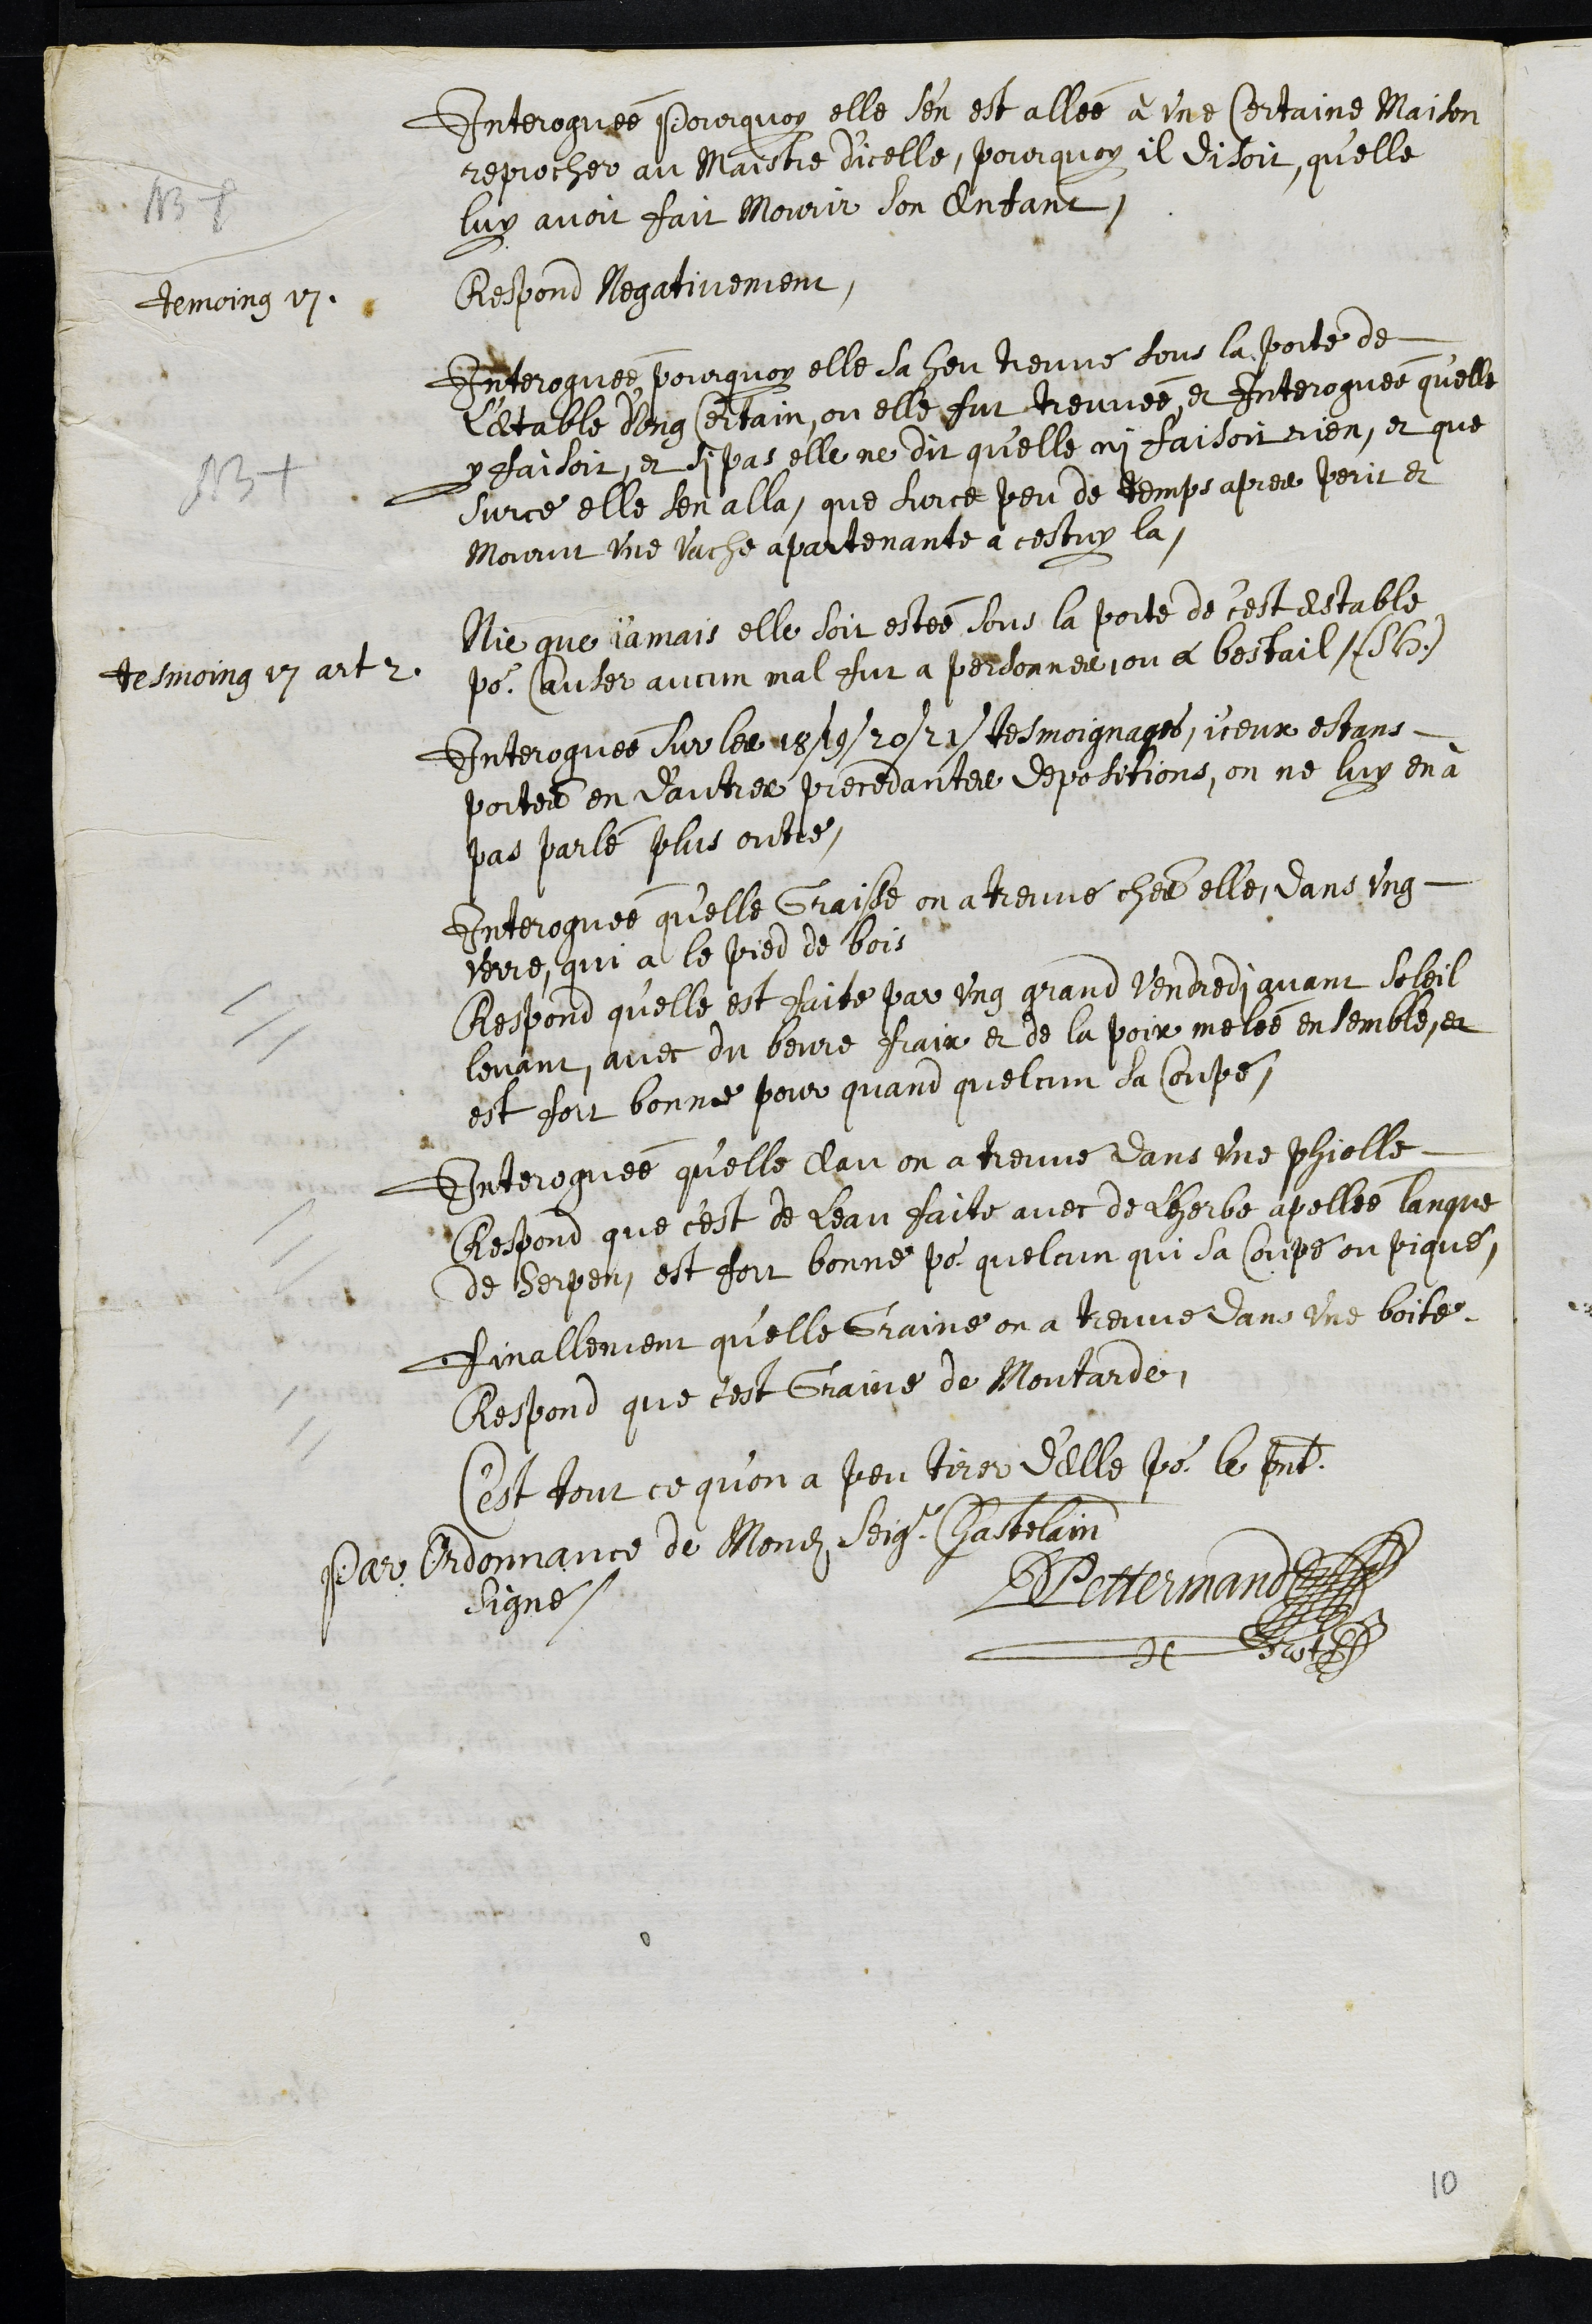
NB
Interroguée pourquoy elle s’en est allée à une Certaine Maison
reprocher au Maistre diEcelle, pourquoy il disoit, qu’elle
luy avoit fait mourir son Enfant,
temoing 17
Respond Negativement
Interroguée pourquoy elle sa heu treuvé sous la porte de
L'etable d'ung certain, ou elle fut treuvée et Interroguée qu'elle
y faisoit, et si pas elle ne dit qu'elle ni faisoit rien, et que
NB
surce elle sen alla, que surce peu de temps apres perit et
mourut une vache apartenante à cestuy la.
tesmoing 17 art 2
Nie que jamais elle soit estée sous la porte de cest estable
pour Causer aucun mal fut a personnes, ou a bestail (S. H.)
Interroguée sur les 18 / 19 / 20 / 21 / tesmoignages, iceux estans
portés en d'autres precedantes depositions, on ne luy en à
pas parlé plus outre,
Interroguée qu'elle Graisse on a treuvé ches elle dans ung
verre, qui a le pied de bois
Respond qu’elle est faite par ung grand Vendredi avant soleil
levant, avec du beure frais et de la poix melée ensemble et
est fort bonne pour quand quelcun sa coupé.
Interroguée qu'elle Eau on a treuvé dans une phiolle
Respond que c'est de Leau faite avec de Lherbe apellée langue
de Serpen, est fort bonne pour quelcun qui sa coupé ou piqué,
finallement qu'elle Graine on a treuvé dans une boite
Respond que c'est Graine de Moutarde,
C'est tout ce qu'on a peu tirer d'elle pour le present
Par Ordonnance de Mondit Seigr Chastelain
Signé
DPettermand
Not
10